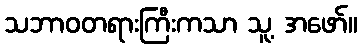
သဘာဝတရားကြီးကသာ သူ့ အဖော်။